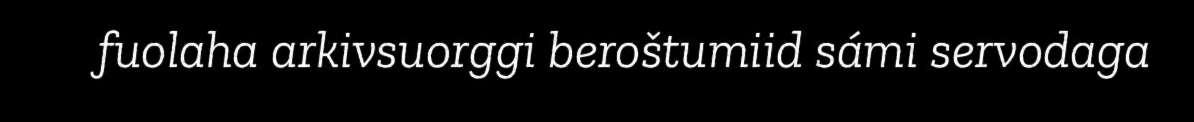
fuolaha arkivsuorggi beroštumiid sámi servodaga